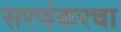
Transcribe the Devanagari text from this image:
सरणंकरचा